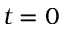
t = 0